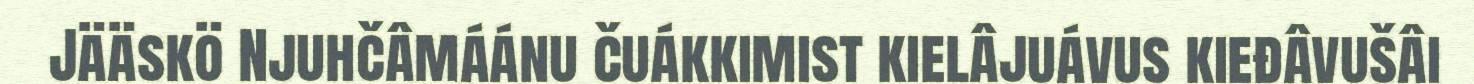
Jääskö Njuhčâmáánu čuákkimist kielâjuávus kieđâvušâi